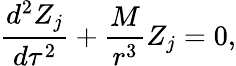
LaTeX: \frac{d^{2}Z_{j}}{d\tau^{2}}+\frac M{r^{3}}Z_{j}=0,